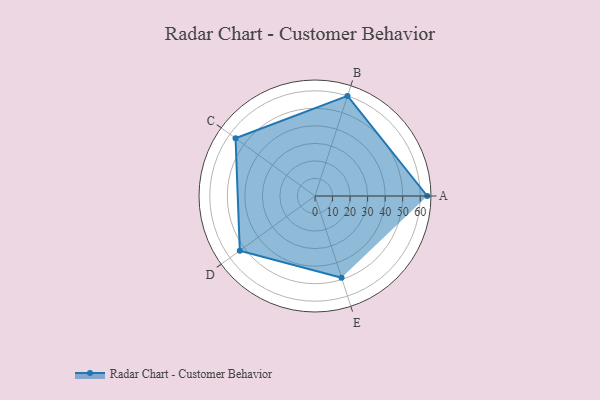
{"axis": {"x": "Skill", "y": "Score"}, "legend": ["Profile"], "data": [{"x": "A", "y": 64.0, "type": "Profile"}, {"x": "B", "y": 60.0, "type": "Profile"}, {"x": "C", "y": 56.0, "type": "Profile"}, {"x": "D", "y": 53.0, "type": "Profile"}, {"x": "E", "y": 49.0, "type": "Profile"}]}